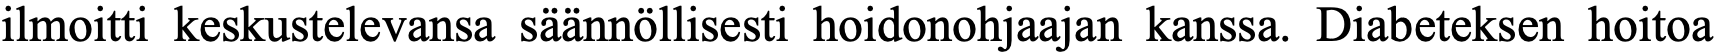
ilmoitti keskustelevansa säännöllisesti hoidonohjaajan kanssa. Diabeteksen hoitoa